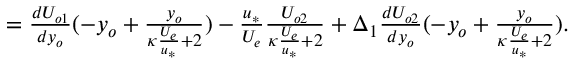
\begin{array} { r } { = \frac { d U _ { o 1 } } { d y _ { o } } ( - y _ { o } + \frac { y _ { o } } { \kappa \frac { U _ { e } } { u _ { * } } + 2 } ) - \frac { u _ { * } } { U _ { e } } \frac { U _ { o 2 } } { \kappa \frac { U _ { e } } { u _ { * } } + 2 } + \Delta _ { 1 } \frac { d U _ { o 2 } } { d y _ { o } } ( - y _ { o } + \frac { y _ { o } } { \kappa \frac { U _ { e } } { u _ { * } } + 2 } ) . } \end{array}